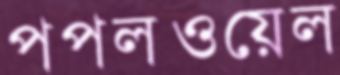
পপলওয়েল